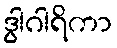
ဒွါဂါရိကာ